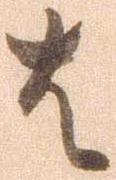
は